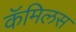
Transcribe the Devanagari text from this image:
कॅमिलस